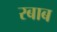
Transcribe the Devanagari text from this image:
रबाब